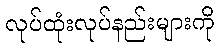
လုပ်ထုံးလုပ်နည်းများကို